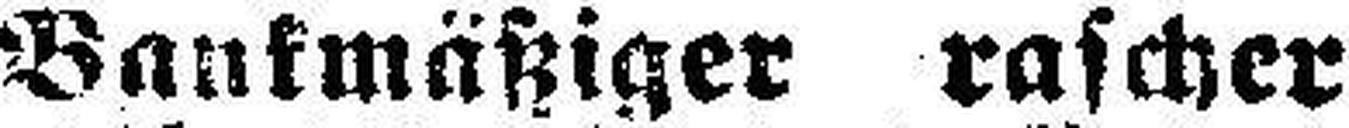
Bankmäßiger rascher